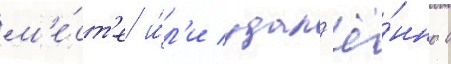
м'е́ст'е и́л'и удал'ё́нно с